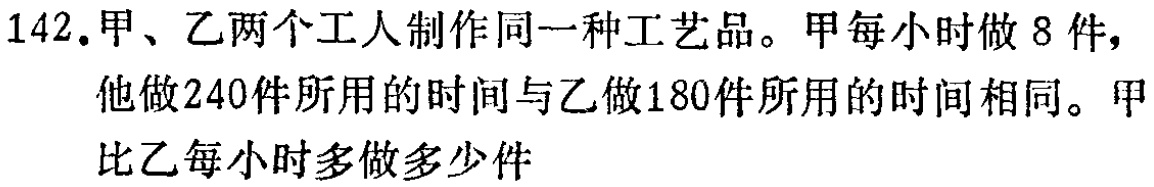
142.甲、乙两个工人制作同一种工艺品。甲每小时做 8 件，他做240件所用的时间与乙做180件所用的时间相同。甲比乙每小时多做多少件